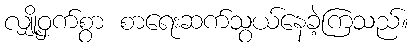
လျှို့ဝှက်စွာ စာရေးဆက်သွယ်နေခဲ့ကြသည်။